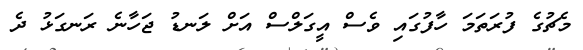
މެޗުގެ ފުރަތަމަ ހާފުގައި ވެސް އީގަލްސް އަށް ލަނޑު ޖަހާނެ ރަނގަޅު ދެ